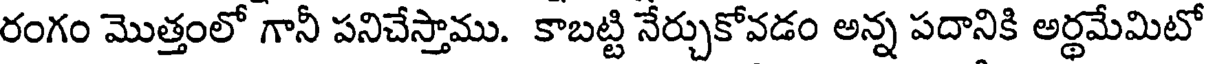
రంగం మొత్తంలో గానీ పనిచేస్తాము. కాబట్టి నేర్చుకోవడం అన్న పదానికి అర్థమేమిటో